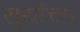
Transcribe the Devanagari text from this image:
सूर्योच्य